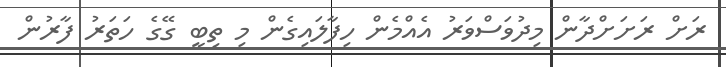
ރަށް ރަށަށްދާން މިދުވަސްވަރު އެެއްމެން ހިފާލައިގެން މި ތިބީ ގޭގެ ހަތަރު ފާރުން